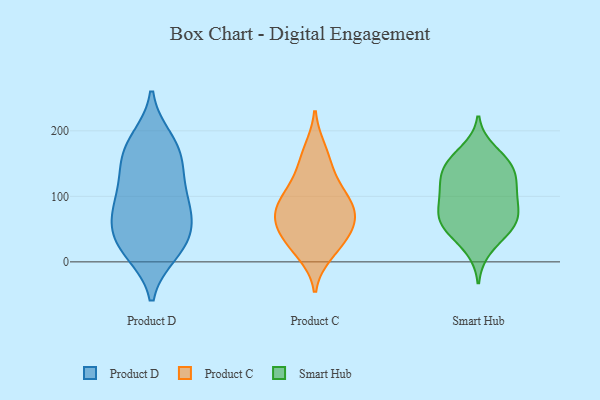
{"axis": {"x": "Headcount", "y": "Value"}, "legend": ["Product C", "Product D", "Smart Hub"], "data": [{"x": "", "y": 14, "type": "Product D"}, {"x": "", "y": 158, "type": "Product D"}, {"x": "", "y": 96, "type": "Product D"}, {"x": "", "y": 89, "type": "Product D"}, {"x": "", "y": 126, "type": "Product D"}, {"x": "", "y": 14, "type": "Product D"}, {"x": "", "y": 69, "type": "Product D"}, {"x": "", "y": 90, "type": "Product D"}, {"x": "", "y": 37, "type": "Product D"}, {"x": "", "y": 187, "type": "Product D"}, {"x": "", "y": 52, "type": "Product D"}, {"x": "", "y": 55, "type": "Product D"}, {"x": "", "y": 140, "type": "Product D"}, {"x": "", "y": 183, "type": "Product D"}, {"x": "", "y": 165, "type": "Product D"}, {"x": "", "y": 24, "type": "Product D"}, {"x": "", "y": 65, "type": "Product C"}, {"x": "", "y": 146, "type": "Product C"}, {"x": "", "y": 30, "type": "Product C"}, {"x": "", "y": 80, "type": "Product C"}, {"x": "", "y": 171, "type": "Product C"}, {"x": "", "y": 13, "type": "Product C"}, {"x": "", "y": 116, "type": "Product C"}, {"x": "", "y": 65, "type": "Product C"}, {"x": "", "y": 91, "type": "Product C"}, {"x": "", "y": 58, "type": "Product C"}, {"x": "", "y": 34, "type": "Product C"}, {"x": "", "y": 99, "type": "Product C"}, {"x": "", "y": 118, "type": "Smart Hub"}, {"x": "", "y": 59, "type": "Smart Hub"}, {"x": "", "y": 116, "type": "Smart Hub"}, {"x": "", "y": 150, "type": "Smart Hub"}, {"x": "", "y": 88, "type": "Smart Hub"}, {"x": "", "y": 60, "type": "Smart Hub"}, {"x": "", "y": 44, "type": "Smart Hub"}, {"x": "", "y": 20, "type": "Smart Hub"}, {"x": "", "y": 61, "type": "Smart Hub"}, {"x": "", "y": 112, "type": "Smart Hub"}, {"x": "", "y": 150, "type": "Smart Hub"}, {"x": "", "y": 147, "type": "Smart Hub"}, {"x": "", "y": 138, "type": "Smart Hub"}, {"x": "", "y": 169, "type": "Smart Hub"}, {"x": "", "y": 95, "type": "Smart Hub"}, {"x": "", "y": 81, "type": "Smart Hub"}, {"x": "", "y": 58, "type": "Smart Hub"}]}